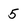
Character: 5